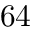
6 4